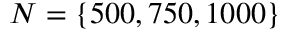
N = \{ 5 0 0 , 7 5 0 , 1 0 0 0 \}